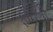
ફોઇબી